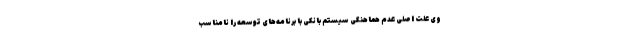
وی علت اصلی عدم هماهنگی سیستم بانکی با برنامه‌های توسعه را نامناسب